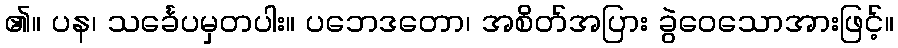
၏။ ပန၊ သင်္ခေပမှတပါး။ ပဘေဒတော၊ အစိတ်အပြား ခွဲဝေသောအားဖြင့်။